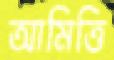
আমিত্তি